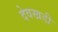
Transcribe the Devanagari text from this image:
देवखडी